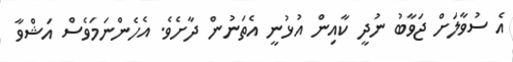
އެ ސުވާލަށް ޖަވާބު ނުދީ ކާއިން އުޅުނީ އެތަނުން ދާށެވެ. އެހެންނަމަވެސް އަޝްވާ